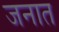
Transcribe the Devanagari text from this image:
जनात